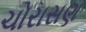
ચોરાસણ